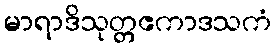
မာရာဒိသုတ္တဧကာဒသကံ